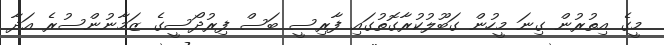
މީގެ އިތުރުން ގިނަ މީހުން ގަބޫލުކުރާގޮތުގައި ފާރިސީ ބަސް ފިރުދޯސީގެ ޒަމާނުންސުރެ އަދާ